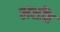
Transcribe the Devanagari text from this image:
लसींत